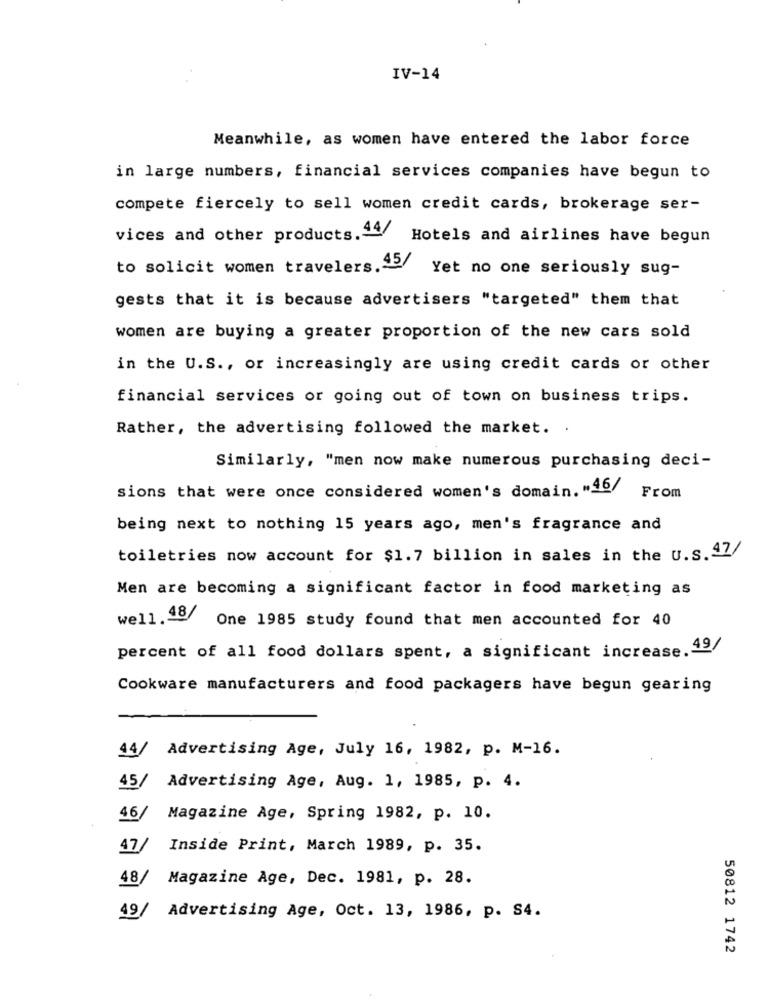
IV-14
Meanwhile, as women have entered the labor force
in large numbers, financial services companies have begun to
compete fiercely to sell women credit cards, brokerage ser-
vices and other products.49/ Hotels and airlines have begun
to solicit women travelers. 45/
Yet no one seriously sug-
gests that it is because advertisers "targeted" them that
women are buying a greater proportion of the new cars sold
in the U.S ., or increasingly are using credit cards or other
financial services or going out of town on business trips.
Rather, the advertising followed the market. .
Similarly, "men now make numerous purchasing deci-
sions that were once considered women's domain. "46/
From
being next to nothing 15 years ago, men's fragrance and
toiletries now account for $1.7 billion in sales in the U.s. 47/
Men are becoming a significant factor in food marketing as
well.48/
One 1985 study found that men accounted for 40
percent of all food dollars spent, a significant increase. 49/
Cookware manufacturers and food packagers have begun gearing
44/
Advertising Age, July 16, 1982, p. M-16.
45/
Advertising Age, Aug. 1, 1985, p. 4.
46/
Magazine Age, Spring 1982, p. 10.
47/
Inside Print, March 1989, p. 35.
48/
Magazine Age, Dec. 1981, p. 28.
49/
Advertising Age, Oct. 13, 1986, p. S4.
50812 1742